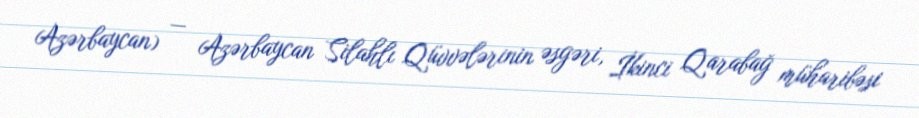
Azərbaycan) — Azərbaycan Silahlı Qüvvələrinin əsgəri, İkinci Qarabağ müharibəsi